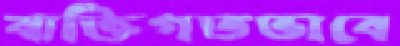
ব্যক্তিগতভাবে